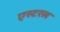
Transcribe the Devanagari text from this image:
एस्टरल